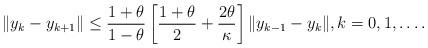
LaTeX: \begin{align*} \|y_k-y_{k+1}\|\leq \frac{1+\theta}{1-\theta}\left[ \frac{1+\theta}{2} +\frac{2\theta}{\kappa}\right]\|y_{k-1}-y_k\|, k=0,1, \ldots.\end{align*}